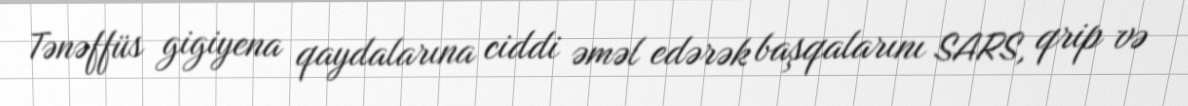
Tənəffüs gigiyena qaydalarına ciddi əməl edərək başqalarını SARS, qrip və